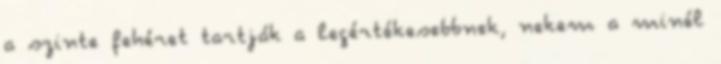
a szinte fehéret tartják a legértékesebbnek, nekem a minél